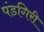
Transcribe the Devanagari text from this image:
पंडगिरी